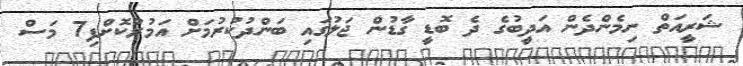
ޝަރީއަތް ނިމެންދެން އަދީބުގެ ދެ ބޮޑީ ގާޑުން ޖަލުގައި ބަންދުކުރުމަށް އަމުރުކޮށްފި7 މަސް